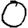
Digit: 0